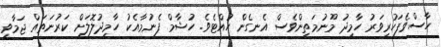
ހާސްވެފަހުރިވަރު ހާމިދު މޫނުމަތިންވެސް އެނގެން ހުއްޓެވެ. ހުޝާމް ފެނުމާއެކު ހާމިދުލޮލަށް ކަރުނަތައް ޖަމާވީ